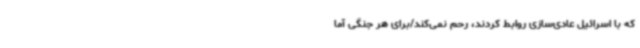
که با اسرائیل عادی‌سازی روابط کردند، رحم نمی‌کند/برای هر جنگی آما